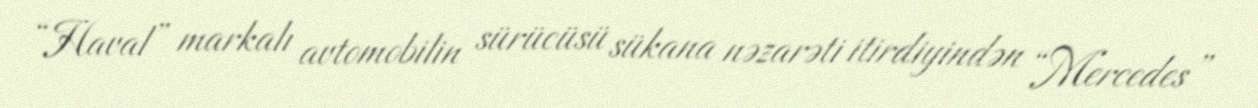
“Haval” markalı avtomobilin sürücüsü sükana nəzarəti itirdiyindən “Mercedes”